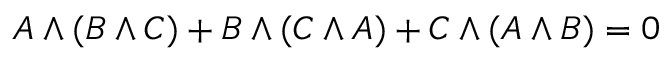
A \wedge ( B \wedge C ) + B \wedge ( C \wedge A ) + C \wedge ( A \wedge B ) = 0